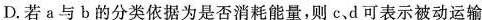
D.若a与b的分类依据为是否消耗能量，则c、d可表示被动运输